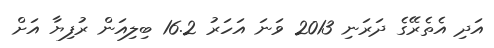
އަދި އެތެރޭގެ ދަރަނި 2013 ވަނަ އަހަރު 16.2 ބިލިއަން ރުފިޔާ އަށް